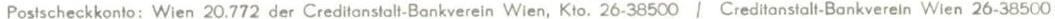
Postscheckkonto: Wien 20.772 der Creditanstalt-Bankverein Wien, Kto. 26-38500 / Creditanstalt-Bankverein Wien 26-38500